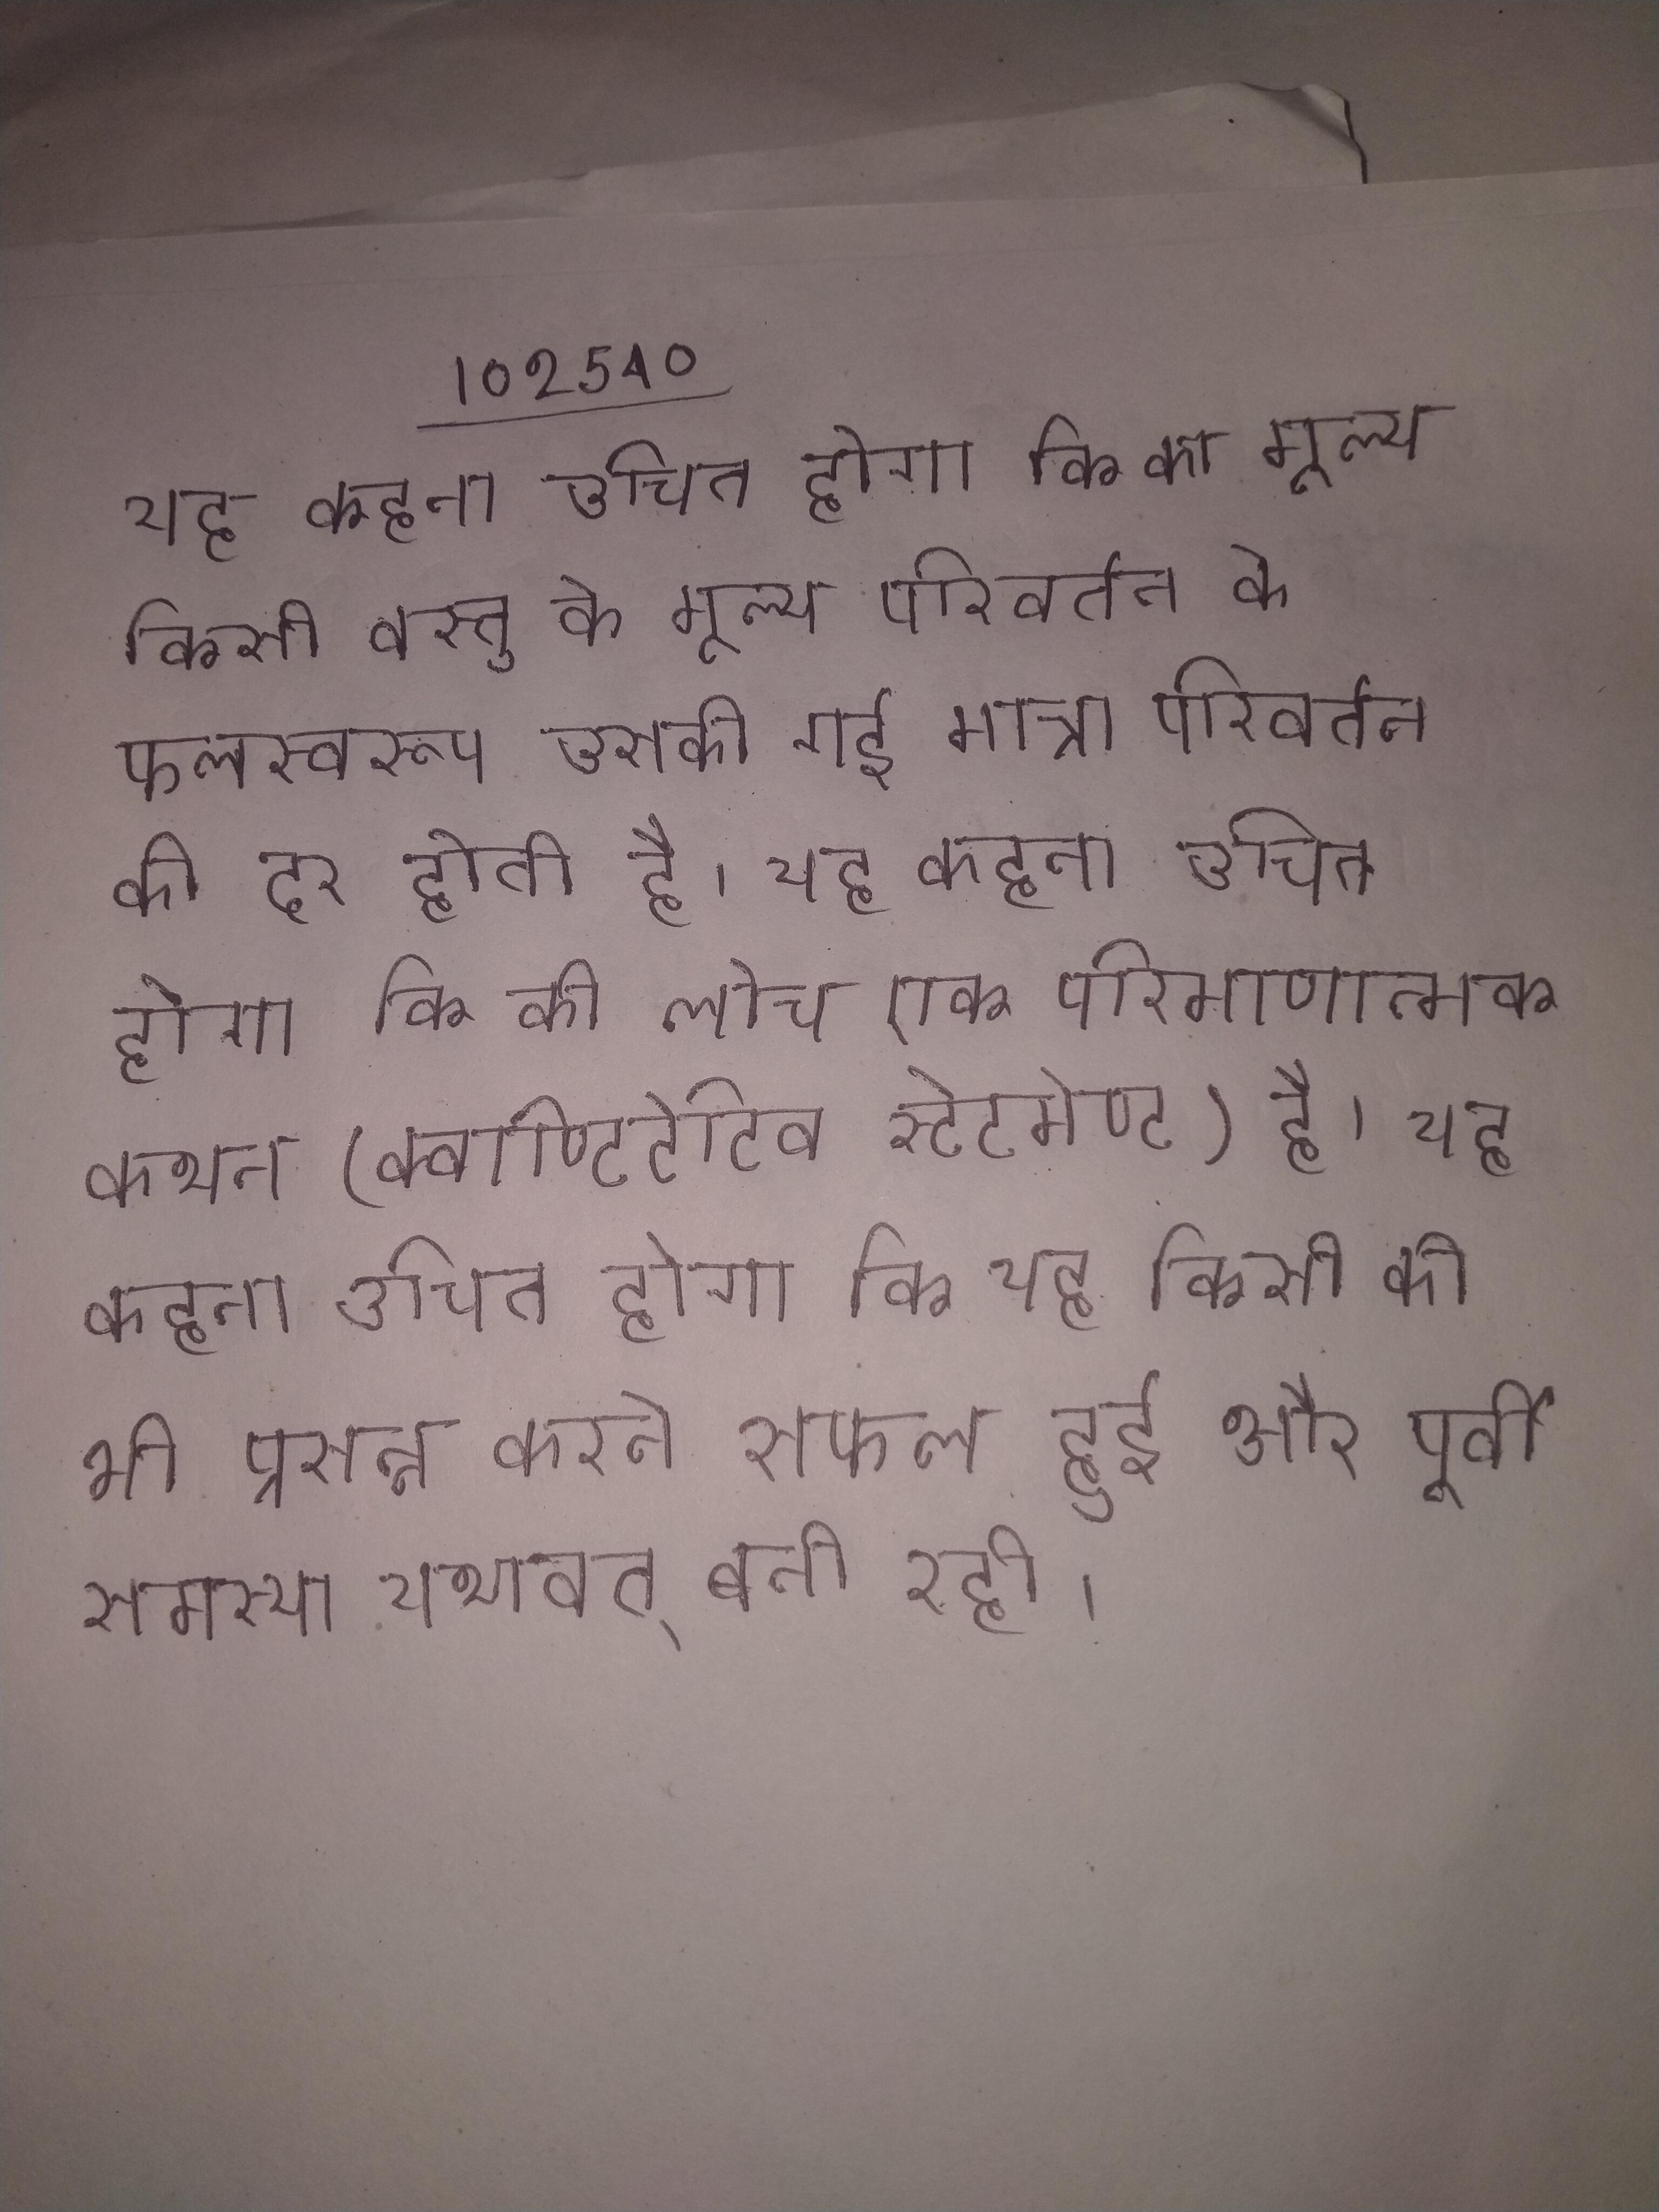
यह कहना उचित होगा कि का मूल्य किसी वस्तु के मूल्य परिवर्तन के फलस्वरूप उसकी गई मात्रा परिवर्तन की दर होती है । यह कहना उचित होगा कि की लोच एक परिमाणात्मक कथन (क्वाण्टिटेटिव स्टेटमेण्ट) है । यह कहना उचित होगा कि यह किसी को भी प्रसन्न करने सफल हुई और पूर्वी समस्या यथावत् बनी रही ।